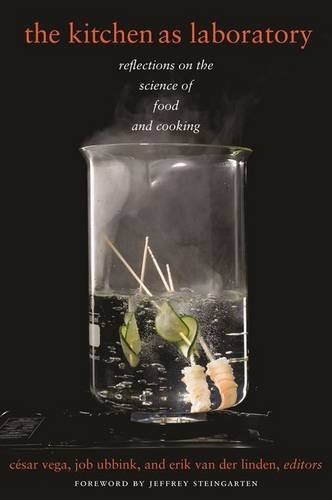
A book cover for The Kitchen as Laboratory: Reflections on the Science of Food and Cooking (Arts and Traditions of the Table: Perspectives on Culinary History); Cookbooks, Food & Wine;